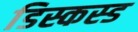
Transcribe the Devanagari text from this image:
डिस्कस्ड